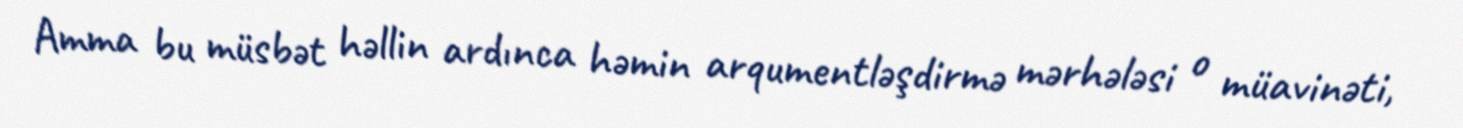
Amma bu müsbət həllin ardınca həmin arqumentləşdirmə mərhələsi o müavinəti,